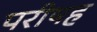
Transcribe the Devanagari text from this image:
परीषह